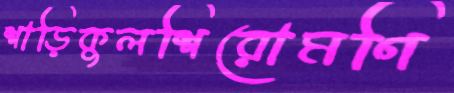
শাড়িকুলশিরোমণি